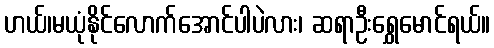
ဟယ်၊မယုံနိုင်လောက်အောင်ပါပဲလား၊ ဆရာဦးရွှေမောင်ရယ်။